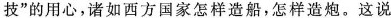
技”的用心，诸如西方国家怎样造船，怎样造炮。这说